Report on vaccination in Madras 1922-1929 - 1922-1929
Year: 1922
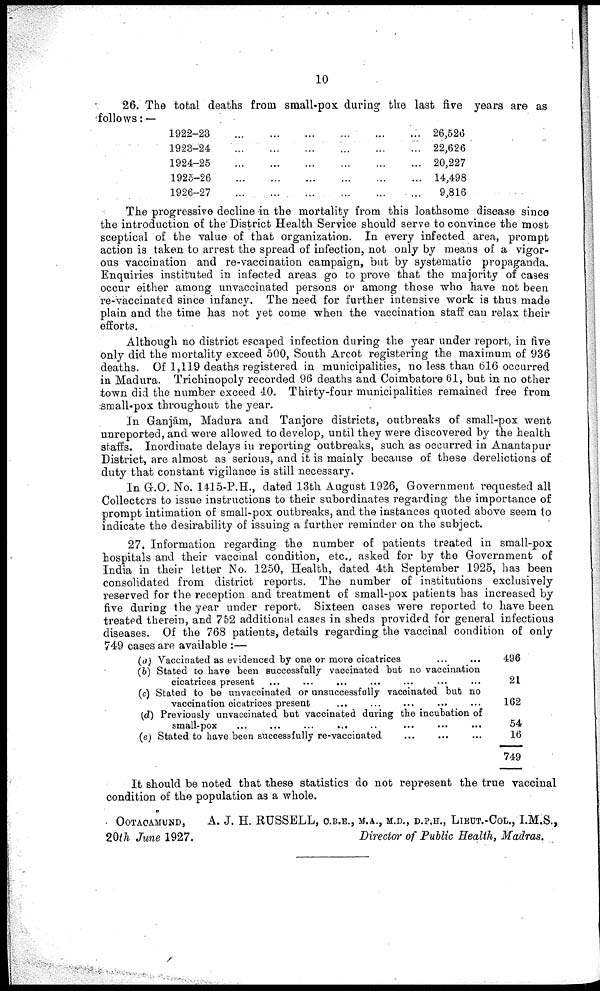
10
26. The total deaths from small-pox during the last five years are as
follows: —
1922-23
...
...
...
...
...
...
1923-24
...
...
...
...
...
...
1924-25
...
...
...
...
...
...
1925-26
...
...
...
...
...
...
1926-27
...
...
...
...
...
...
26,526
22,626
20,227
14,498
9,816
The progressive decline in the mortality from this loathsome disease since
the introduction of the District Health Service should serve to convince the most
sceptical of the value of that organization. In every infected area, prompt
action is taken to arrest the spread of infection, not only by means of a vigor
ous vaccination and re-vaccination campaign, but by systematic propaganda.
Enquiries instituted in infected areas go to prove that the majority of cases
occur either among unvaccinated persons or among those who have not been
re-vaccinated since infancy. The need for further intensive work is thus made
plain and the time has not yet come when the vaccination staff can relax their
efforts.
Although no district escaped infection during the year under report, in five
only did the mortality exceed 500, South Arcot registering the maximum of 936
deaths. Of 1,119 deaths registered in municipalities, no less than 616 occurred
in Madura. Trichinopoly recorded 96 deaths and Coimbatore 61, but in no other
town did the number exceed 40. Thirty-four municipalities remained free from
small-pox throughout the year.
In Ganjām, Madura and Tanjore districts, outbreaks of small-pox went
unreported, and were allowed to develop, until they were discovered by the health
staffs. Inordinate delays in reporting outbreaks, such as occurred in Anantapur
District, are almost as serious, and it is mainly because of these derelictions of
duty that constant vigilance is still necessary.
In G.O. No. 1415-P.H., dated 13th August 1926, Government requested all
Collectors to issue instructions to their subordinates regarding the importance of
prompt intimation of small-pox outbreaks, and the instances quoted above seem to
indicate the desirability of issuing a further reminder on the subject.
27. Information regarding the number of patients treated in small-pox
hospitals and their vaccinal condition, etc., asked for by the Government of
India in their letter No. 1250, Health, dated 4th September 1925, has been
consolidated from district reports. The number of institutions exclusively
reserved for the reception and treatment of small-pox patients has increased by
five during the year under report. Sixteen cases were reported to have been
treated therein, and 752 additional cases in sheds provided for general infectious
diseases. Of the 768 patients, details regarding the vaccinal condition of only
749 cases are available :—
(a) Vaccinated as evidenced by one or more cicatrices ... ...
(b) Stated to have been successfully vaccinated but no vaccination
cicatrices present ... ... ... ... ... ... ...
(c) Stated to be unvaccinated or unsuccessfully vaccinated but no
vaccination cicatrices present ... ... ... ... ... ...
(d) Previously unvaccinated but vaccinated during the incubation of
small-pox
...
...
...
...
...
...
(e) Stated to have been successfully re-vaccinated ... ... ... ... ...
496
21
162
54
16
749
It should be noted that these statistics do not represent the true vaccinal
condition of the population as a whole.
OOTACAMUND,
A. J. H. RUSSELL, C.B.E., M.A., M.D., D.P.H., LIEUT.-COL., I.M.S.,
20th June 1927.
Director of Public Health, Madras.